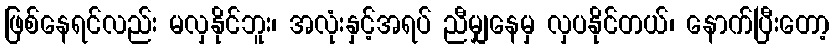
ဖြစ်နေရင်လည်း မလှနိုင်ဘူး၊ အလုံးနှင့်အရပ် ညီမျှနေမှ လှပနိုင်တယ်၊ နောက်ပြီးတော့